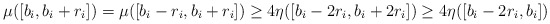
\begin{align*}\mu([b_i, b_i+r_i]) = \mu([b_i-r_i,b_i+r_i]) \ge 4 \eta ([b_i-2r_i,b_i+2r_i]) \geq 4 \eta ([b_i-2r_i,b_i])\end{align*}